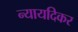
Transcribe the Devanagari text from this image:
न्यायदिकर